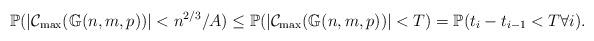
LaTeX: \begin{align*}\mathbb{P}(|\mathcal{C}_{\max}(\mathbb{G}(n,m,p))|<n^{2/3}/A)\leq \mathbb{P}(|\mathcal{C}_{\max}(\mathbb{G}(n,m,p))|<T)=\mathbb{P}(t_i-t_{i-1}<T \forall i).\end{align*}